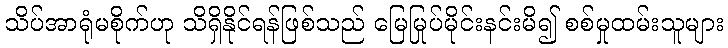
သိပ်အာရုံမစိုက်ဟု သိရှိနိုင်ရန်ဖြစ်သည် မြေမြုပ်မိုင်းနင်းမိ၍ စစ်မှုထမ်းသူများ